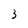
Character: 3